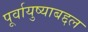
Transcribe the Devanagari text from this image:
पूर्वायुष्याबद्दल